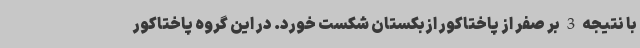
با نتیجه 3 بر صفر از پاختاکور ازبکستان شکست خورد. در این گروه پاختاکور